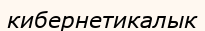
кибернетикалык